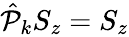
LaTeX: \begin{array}{r}{\hat{\mathcal P}_{k}S_{z}=S_{z}}\end{array}